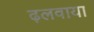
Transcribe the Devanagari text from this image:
ढ़लवाया